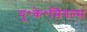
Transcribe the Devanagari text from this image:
यू॰के॰सिंगल्स